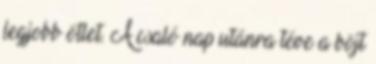
legjobb ötlet. A csaló nap utánra téve a böjt